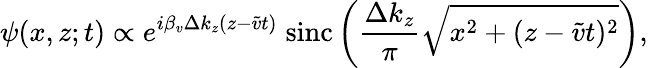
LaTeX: \psi(x,z;t)\propto e^{i\beta_{v}\Delta k_{z}(z-\widetilde{v}t)}\; \mathrm{sinc}\left(\frac{\Delta k_{z}}{\pi}\sqrt{x^{2}+(z-\widetilde{v}t)^{2}}\right),